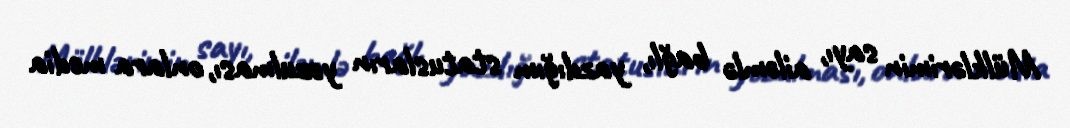
Mülklərimin sayı, ailəmlə bağlı, yazdığım statusların yozulması, onlara media